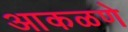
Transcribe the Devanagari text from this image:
आकळणे